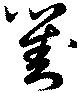
劉